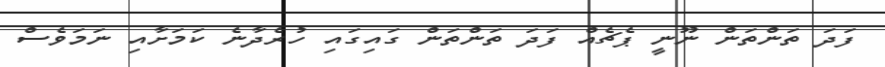
ފަދަ ތަންތަން ނޫނީ ޕެޗެއް ފަދަ ތަންތަން ގައިގައި ހުރެދާނެ ކަމަށާއި ނަމަވެސް